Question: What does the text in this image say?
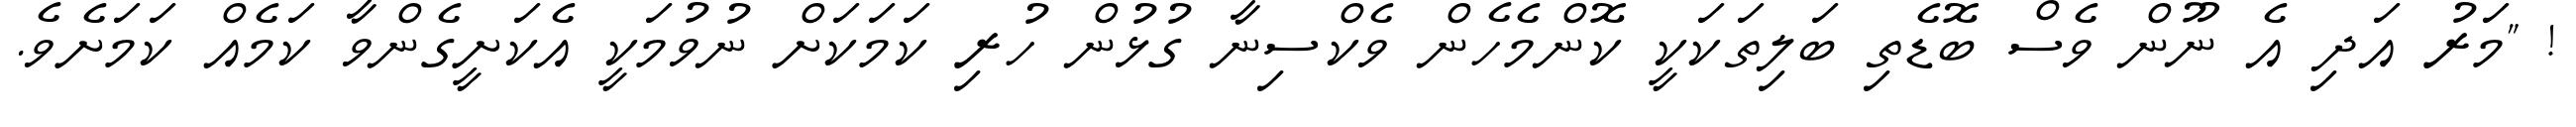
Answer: ! "މަރު އަދި އެ ނޫން ވެސް ބޮޑެތި ބަލިތަކަކީ ކޮންމެހެން ވެކްސިނާ ގުޅުން ހުރި ކަމަކަށް ނުވުމަކީ އެކަށީގެންވާ ކަމެއް ކަމަށެވެ.